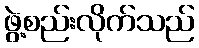
ဖွဲ့စည်းလိုက်သည်